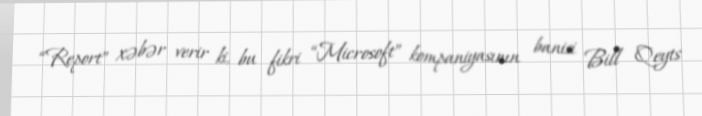
“Report” xəbər verir ki, bu fikri “Microsoft” kompaniyasının banisi Bill Qeyts